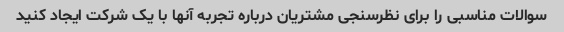
سوالات مناسبی را برای نظرسنجی مشتریان درباره تجربه آنها با یک شرکت ایجاد کنید